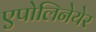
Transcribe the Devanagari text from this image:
एपोलिनेयेर